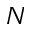
N